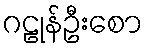
ဂဠုန်ဦးစော